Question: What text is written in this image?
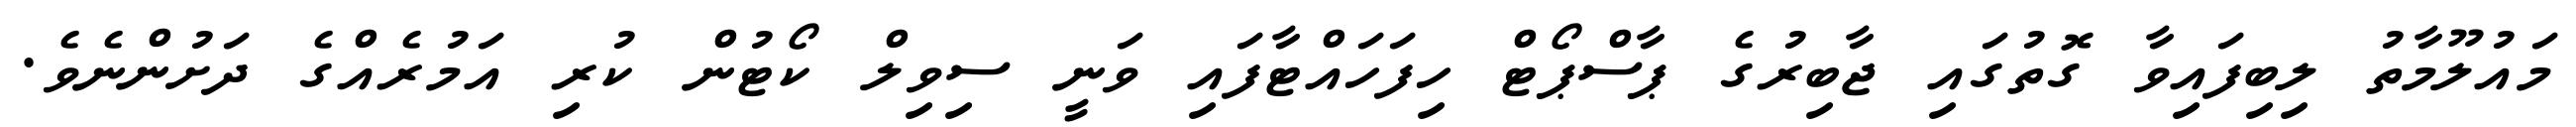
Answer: މައުލޫމާތު ލިބިފައިވާ ގޮތުގައި ޖާބިރުގެ ޕާސްޕޯޓް ހިފަހައްޓާފައި ވަނީ ސިވިލް ކޯޓުން ކުރި އަމުރެއްގެ ދަށުންނެވެ.